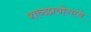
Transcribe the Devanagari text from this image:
शब्दप्रयोगांचे